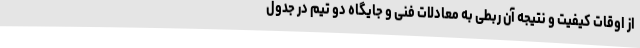
از اوقات کیفیت و نتیجه آن ربطی به معادلات فنی و جایگاه دو تیم در جدول